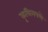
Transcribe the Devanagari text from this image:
कृत्रिमपणे